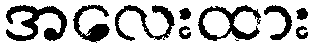
အလေးထား